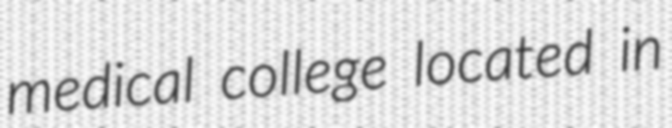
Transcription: medical college located in